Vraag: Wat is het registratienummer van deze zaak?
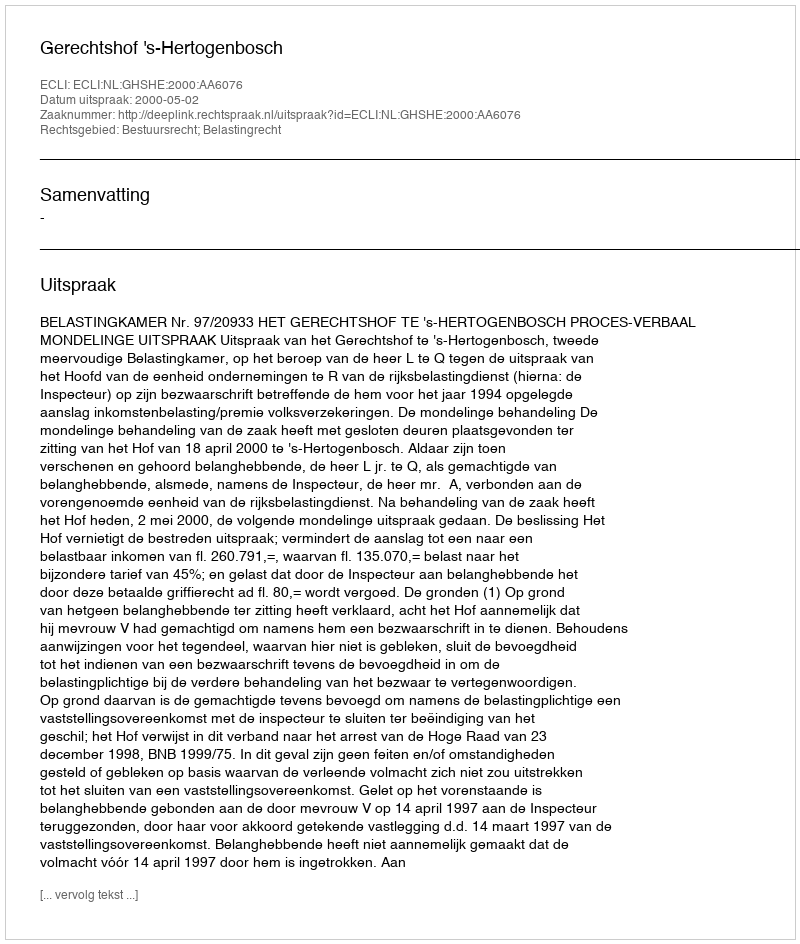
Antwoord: http://deeplink.rechtspraak.nl/uitspraak?id=ECLI:NL:GHSHE:2000:AA6076